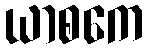
ယာစကေ